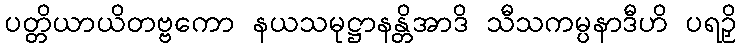
ပတ္တိယာယိတဗ္ဗကော နယသမုဋ္ဌာနန္တိအာဒိ သီသကမ္ပနာဒီဟိ ပရဉှိ